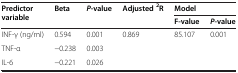
| <ROWSPAN=2> Predictor variable | <ROWSPAN=2> Beta | <ROWSPAN=2> P-value | <ROWSPAN=2> Adjusted2R | <COLSPAN=2> Model |
 | F-value | P-value |
 | --- | --- | --- | --- | --- | --- |
 | INF-γ (ng/ml) | 0.594 | 0.001 | <ROWSPAN=3> 0.869 | <ROWSPAN=3> 85.107 | <ROWSPAN=3> 0.001 |
 | TNF-α | −0.238 | 0.003 |
 | IL-6 | −0.221 | 0.026 |